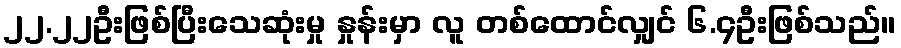
၂၂.၂၂ဦးဖြစ်ပြီးသေဆုံးမှု နှုန်းမှာ လူ တစ်ထောင်လျှင် ၆.၄ဦးဖြစ်သည်။